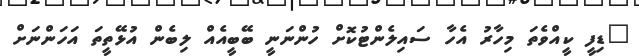
"ޑިފީ ކީއްވެތަ މިހާރު އެހާ ސައިލެންޓުކޮށް ހުންނަނީ ބޭބީއެއް ލިބެން އުޅޭތީތަ އަހަންނަށް